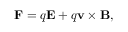
\mathbf { F } = q \mathbf { E } + q \mathbf { v } \times \mathbf { B } ,